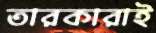
তারকারাই